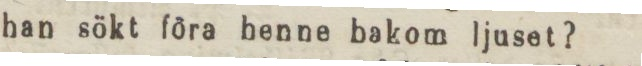
han sökt föra henne bakom ljuset?